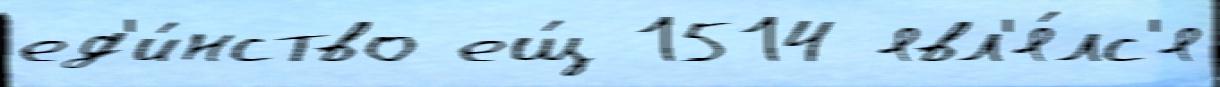
ед'и́нство ещ́ 1514 явл'я́лс'я